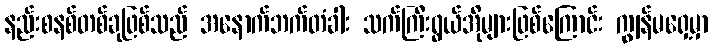
နည်းစနစ်တစ်ခုဖြစ်သည် အနောက်ဘက်တံခါး သက်ကြီးရွယ်အိုများဖြစ်ကြောင်း ကျွန်မရှေ့မှာ